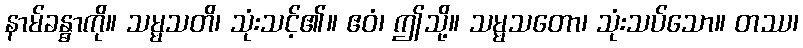
နာမ်ခန္ဓာကို။ သမ္မသတိ၊ သုံးသင့်၏။ ဧဝံ၊ ဤသို့။ သမ္မသတော၊ သုံးသပ်သော။ တဿ၊